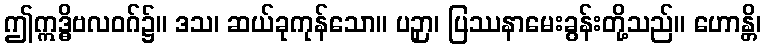
ဤဣဒ္ဓိဗလဝဂ်၌။ ဒသ၊ ဆယ်ခုကုန်သော။ ပဉှာ၊ ပြဿနာမေးခွန်းတို့သည်။ ဟောန္တိ၊